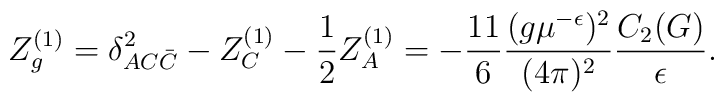
Z_g^{(1)} =\delta_{AC\bar{C}}^2-Z_C^{(1)}-\frac12Z_A^{(1)} =-\frac{11}6    \frac{(g\mu^{-\epsilon})^2}{(4\pi)^2}\frac{C_2(G)}{\epsilon} .